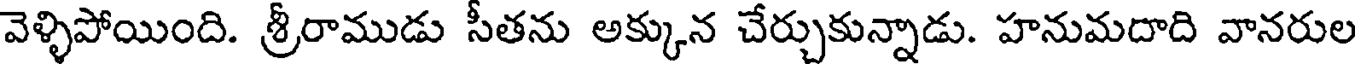
వెళ్ళిపోయింది. శ్రీరాముడు సీతను అక్కున చేర్చుకున్నాడు. హనుమదాది వానరుల